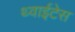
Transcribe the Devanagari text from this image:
थ्वाईटेस